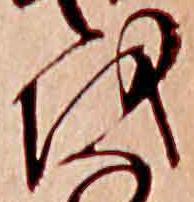
を